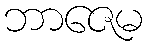
ဘာဇေမ